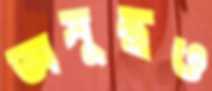
অসুস্থও